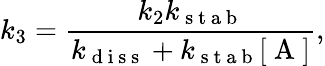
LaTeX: k_{3}=\frac{k_{2}k_{\mathrm{~s~t~a~b~}}}{k_{\mathrm{~d~i~s~s~}}+k_{\mathrm{~s~t~a~b~}}[\mathrm{~A~}]},